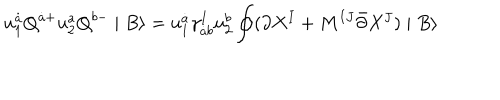
u _ { 1 } ^ { \dot { a } } Q ^ { \dot { a } + } u _ { 2 } ^ { a } Q ^ { b - } \mid B \rangle = u _ { 1 } ^ { \dot { a } } \gamma _ { \dot { a } b } ^ { I } u _ { 2 } ^ { b } \oint ( \partial X ^ { I } + M ^ { I J } \bar { \partial } X ^ { J } ) \mid B \rangle